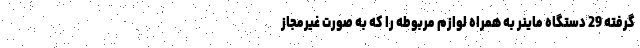
گرفته 29 دستگاه ماینر به همراه لوازم مربوطه را که به صورت غیرمجاز